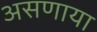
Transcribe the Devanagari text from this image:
असणाया